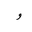
Letter: _waw